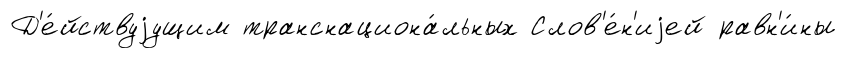
Д'е́йствуjущим транснациона́льных Слов'е́н'иjей равн'и́ны